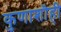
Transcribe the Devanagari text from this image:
कुणाशॊही